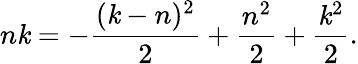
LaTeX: n\mathit{k}=-{\frac{{(\mathit{k}-n)^{2}}}{{2}}}+{\frac{{n^{2}}}{{2}}}+{\frac{{\mathit{k}^{2}}}{{2}}}.